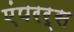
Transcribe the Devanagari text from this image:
एंपरर्स